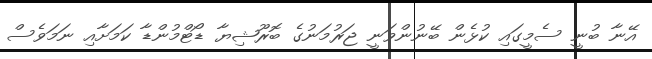
އޭނާ ބުނީ ސެމީގައި ކުޅެން ބޭނުންވަނީ ޖަރުމަނުގެ ބޮރޫޝިޔާ ޑޯޓްމުންޑާ ކަމަށާއި ނަމަވެސް